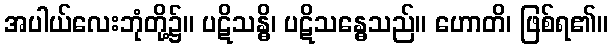
အပါယ်လေးဘုံတို့၌။ ပဋိသန္ဓိ၊ ပဋိသန္ဓေသည်။ ဟောတိ၊ ဖြစ်ရ၏။